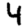
Digit: 4